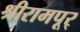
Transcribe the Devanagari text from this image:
श्रीरामपूर्